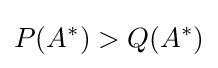
P(A^{*})>Q(A^{*})